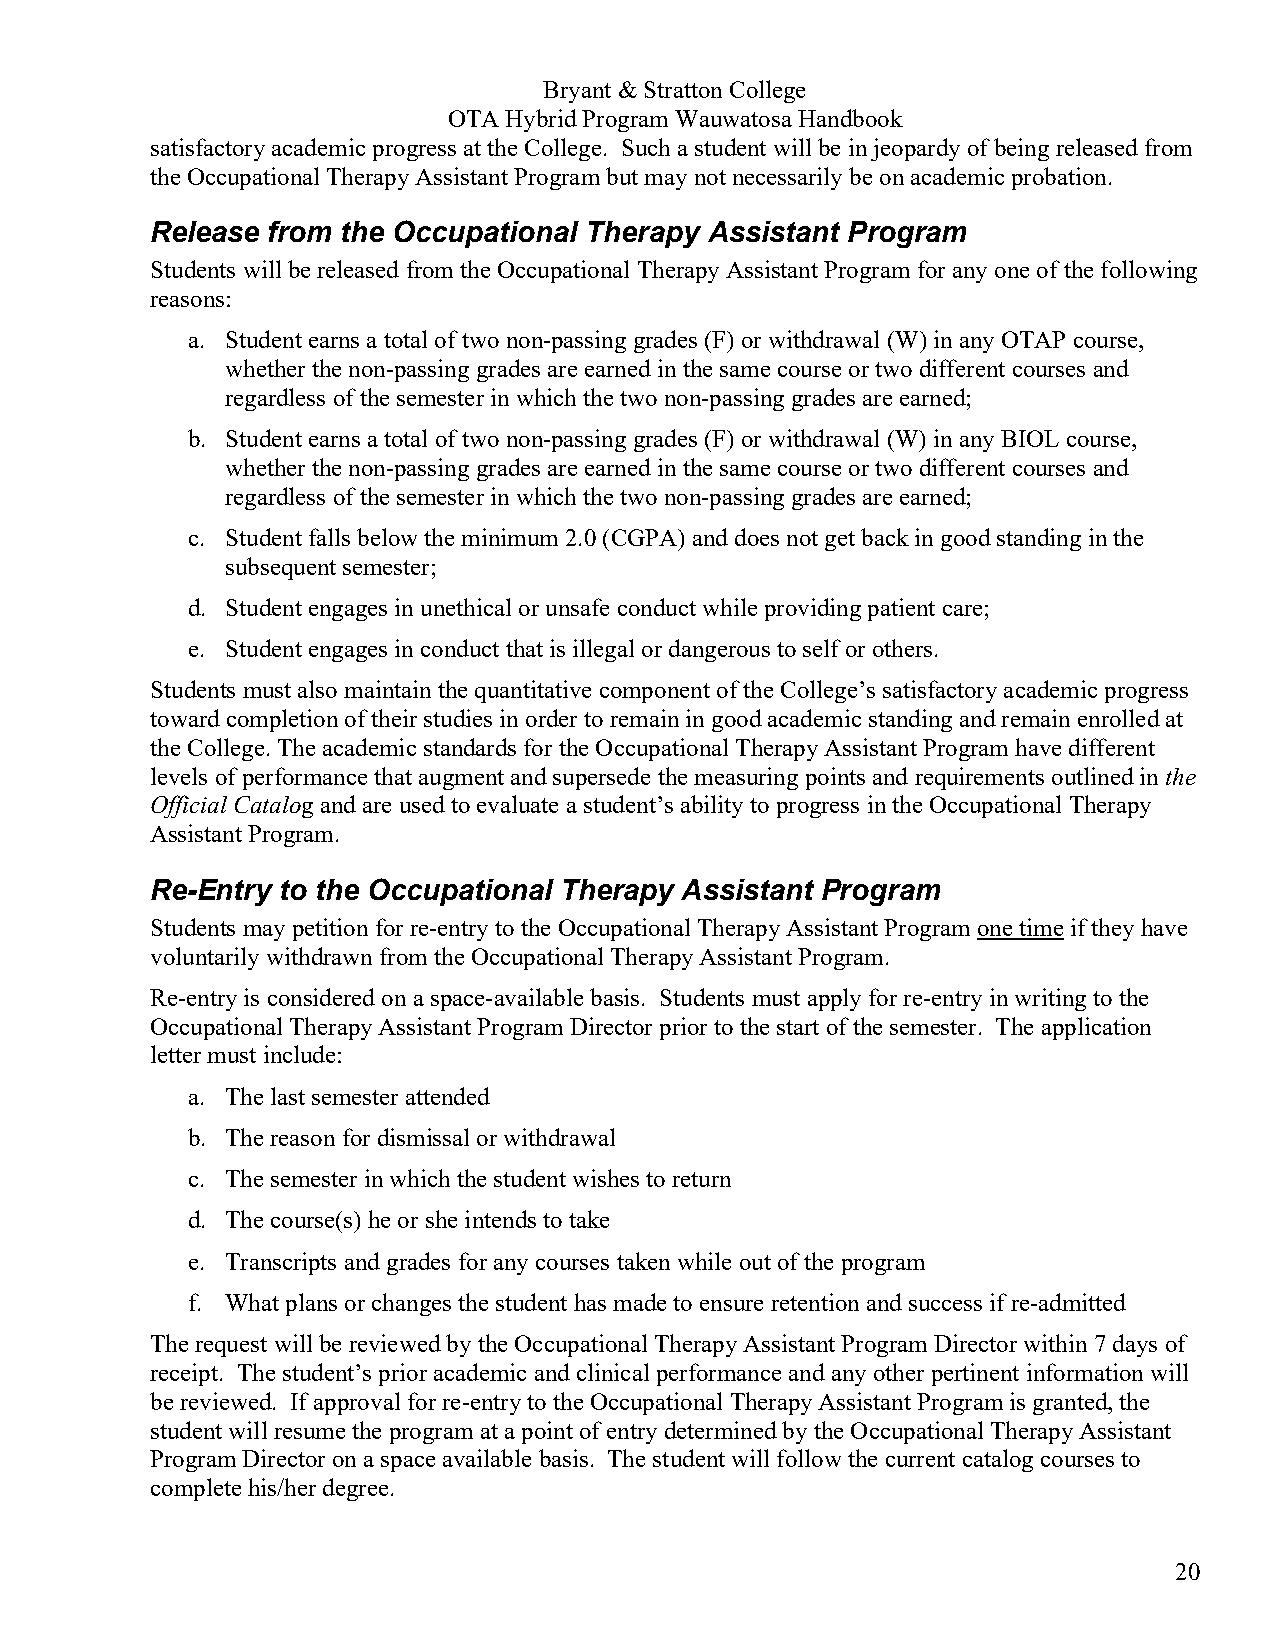
Bryant & Stratton College
 OTA Hybrid Program Wauwatosa Handbook
 satisfactory academic progress at the College. Such a student will be in jeopardy of being released from
 the Occupational Therapy Assistant Program but may not necessarily be on academic probation.
 Release from the Occupational Therapy Assistant Program
 Students will be released from the Occupational Therapy Assistant Program for any one of the following
 reasons:
 a. Student earns a total of two non-passing grades (F) or withdrawal (W) in any OTAP course,
 whether the non-passing grades are earned in the same course or two different courses and
 regardless of the semester in which the two non-passing grades are earned;
 b. Student earns a total of two non-passing grades (F) or withdrawal (W) in any BIOL course,
 whether the non-passing grades are earned in the same course or two different courses and
 regardless of the semester in which the two non-passing grades are earned;
 c. Student falls below the minimum 2.0 (CGPA) and does not get back in good standing in the
 subsequent semester;
 d. Student engages in unethical or unsafe conduct while providing patient care;
 e. Student engages in conduct that is illegal or dangerous to self or others.
 Students must also maintain the quantitative component of the College’s satisfactory academic progress
 toward completion of their studies in order to remain in good academic standing and remain enrolled at
 the College. The academic standards for the Occupational Therapy Assistant Program have different
 levels of performance that augment and supersede the measuring points and requirements outlined in the
 Official Catalog and are used to evaluate a student’s ability to progress in the Occupational Therapy
 Assistant Program.
 Re-Entry to the Occupational Therapy Assistant Program
 Students may petition for re-entry to the Occupational Therapy Assistant Program one time if they have
 voluntarily withdrawn from the Occupational Therapy Assistant Program.
 Re-entry is considered on a space-available basis. Students must apply for re-entry in writing to the
 Occupational Therapy Assistant Program Director prior to the start of the semester. The application
 letter must include:
 a. The last semester attended
 b. The reason for dismissal or withdrawal
 c. The semester in which the student wishes to return
 d. The course(s) he or she intends to take
 e. Transcripts and grades for any courses taken while out of the program
 f. What plans or changes the student has made to ensure retention and success if re-admitted
 The request will be reviewed by the Occupational Therapy Assistant Program Director within 7 days of
 receipt. The student’s prior academic and clinical performance and any other pertinent information will
 be reviewed. If approval for re-entry to the Occupational Therapy Assistant Program is granted, the
 student will resume the program at a point of entry determined by the Occupational Therapy Assistant
 Program Director on a space available basis. The student will follow the current catalog courses to
 complete his/her degree.
 20